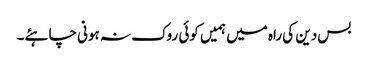
بس دین کی راہ میں ہمیں کوئی روک نہ ہونی چاہئے۔